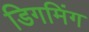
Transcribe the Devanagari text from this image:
डिगमिंग